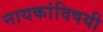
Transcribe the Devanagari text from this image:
नायकांविषयी